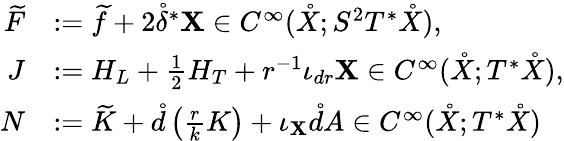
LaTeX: \begin{array}{rl}{\widetilde{F}}&{:=\widetilde{f}+2\mathring{\delta}^{*}\mathbf{X}\in C^{\infty}(\mathring{X};S^{2}T^{*}\mathring{X}),}\\ {J}&{:=H_{L}+\frac{1}{2}H_{T}+r^{-1}\iota_{dr}\mathbf{X}\in C^{\infty}(\mathring{X};T^{*}\mathring{X}),}\\ {N}&{:=\widetilde{K}+\mathring{d}\left(\frac{r}{k}K\right)+\iota_{\mathbf{X}}\mathring{d}A\in C^{\infty}(\mathring{X};T^{*}\mathring{X})}\end{array}